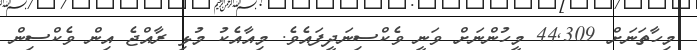
މިހާތަނަށް 44